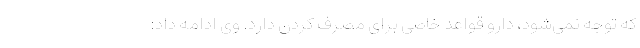
که توجه نمی‌شود، دارو قواعد خاصی برای مصرف کردن دارد. وی ادامه داد: